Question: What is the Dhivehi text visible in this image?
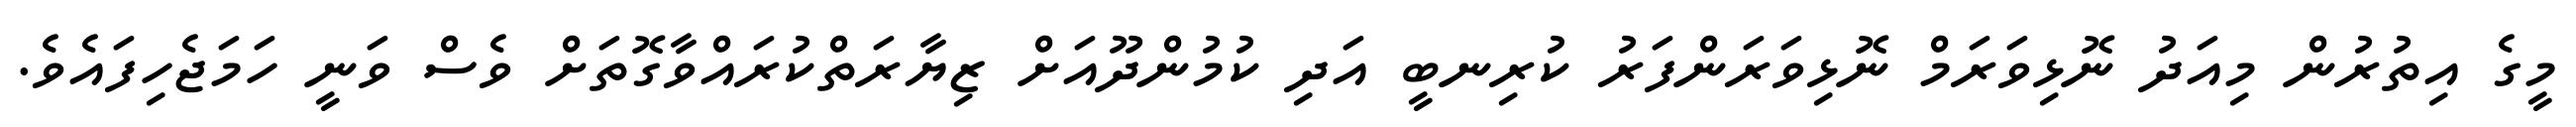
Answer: މީގެ އިތުރުން މިއަދު ނޮޅިވަރަމް ނޮޅިވަރަންފަރު ކުރިނބީ އަދި ކުމުންދޫއަށް ޒިޔާރަތްކުރައްވާގޮތަށް ވެސް ވަނީ ހަމަޖެހިފައެވެ.